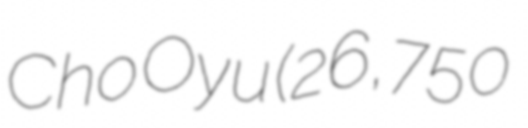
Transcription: Cho Oyu (26,750